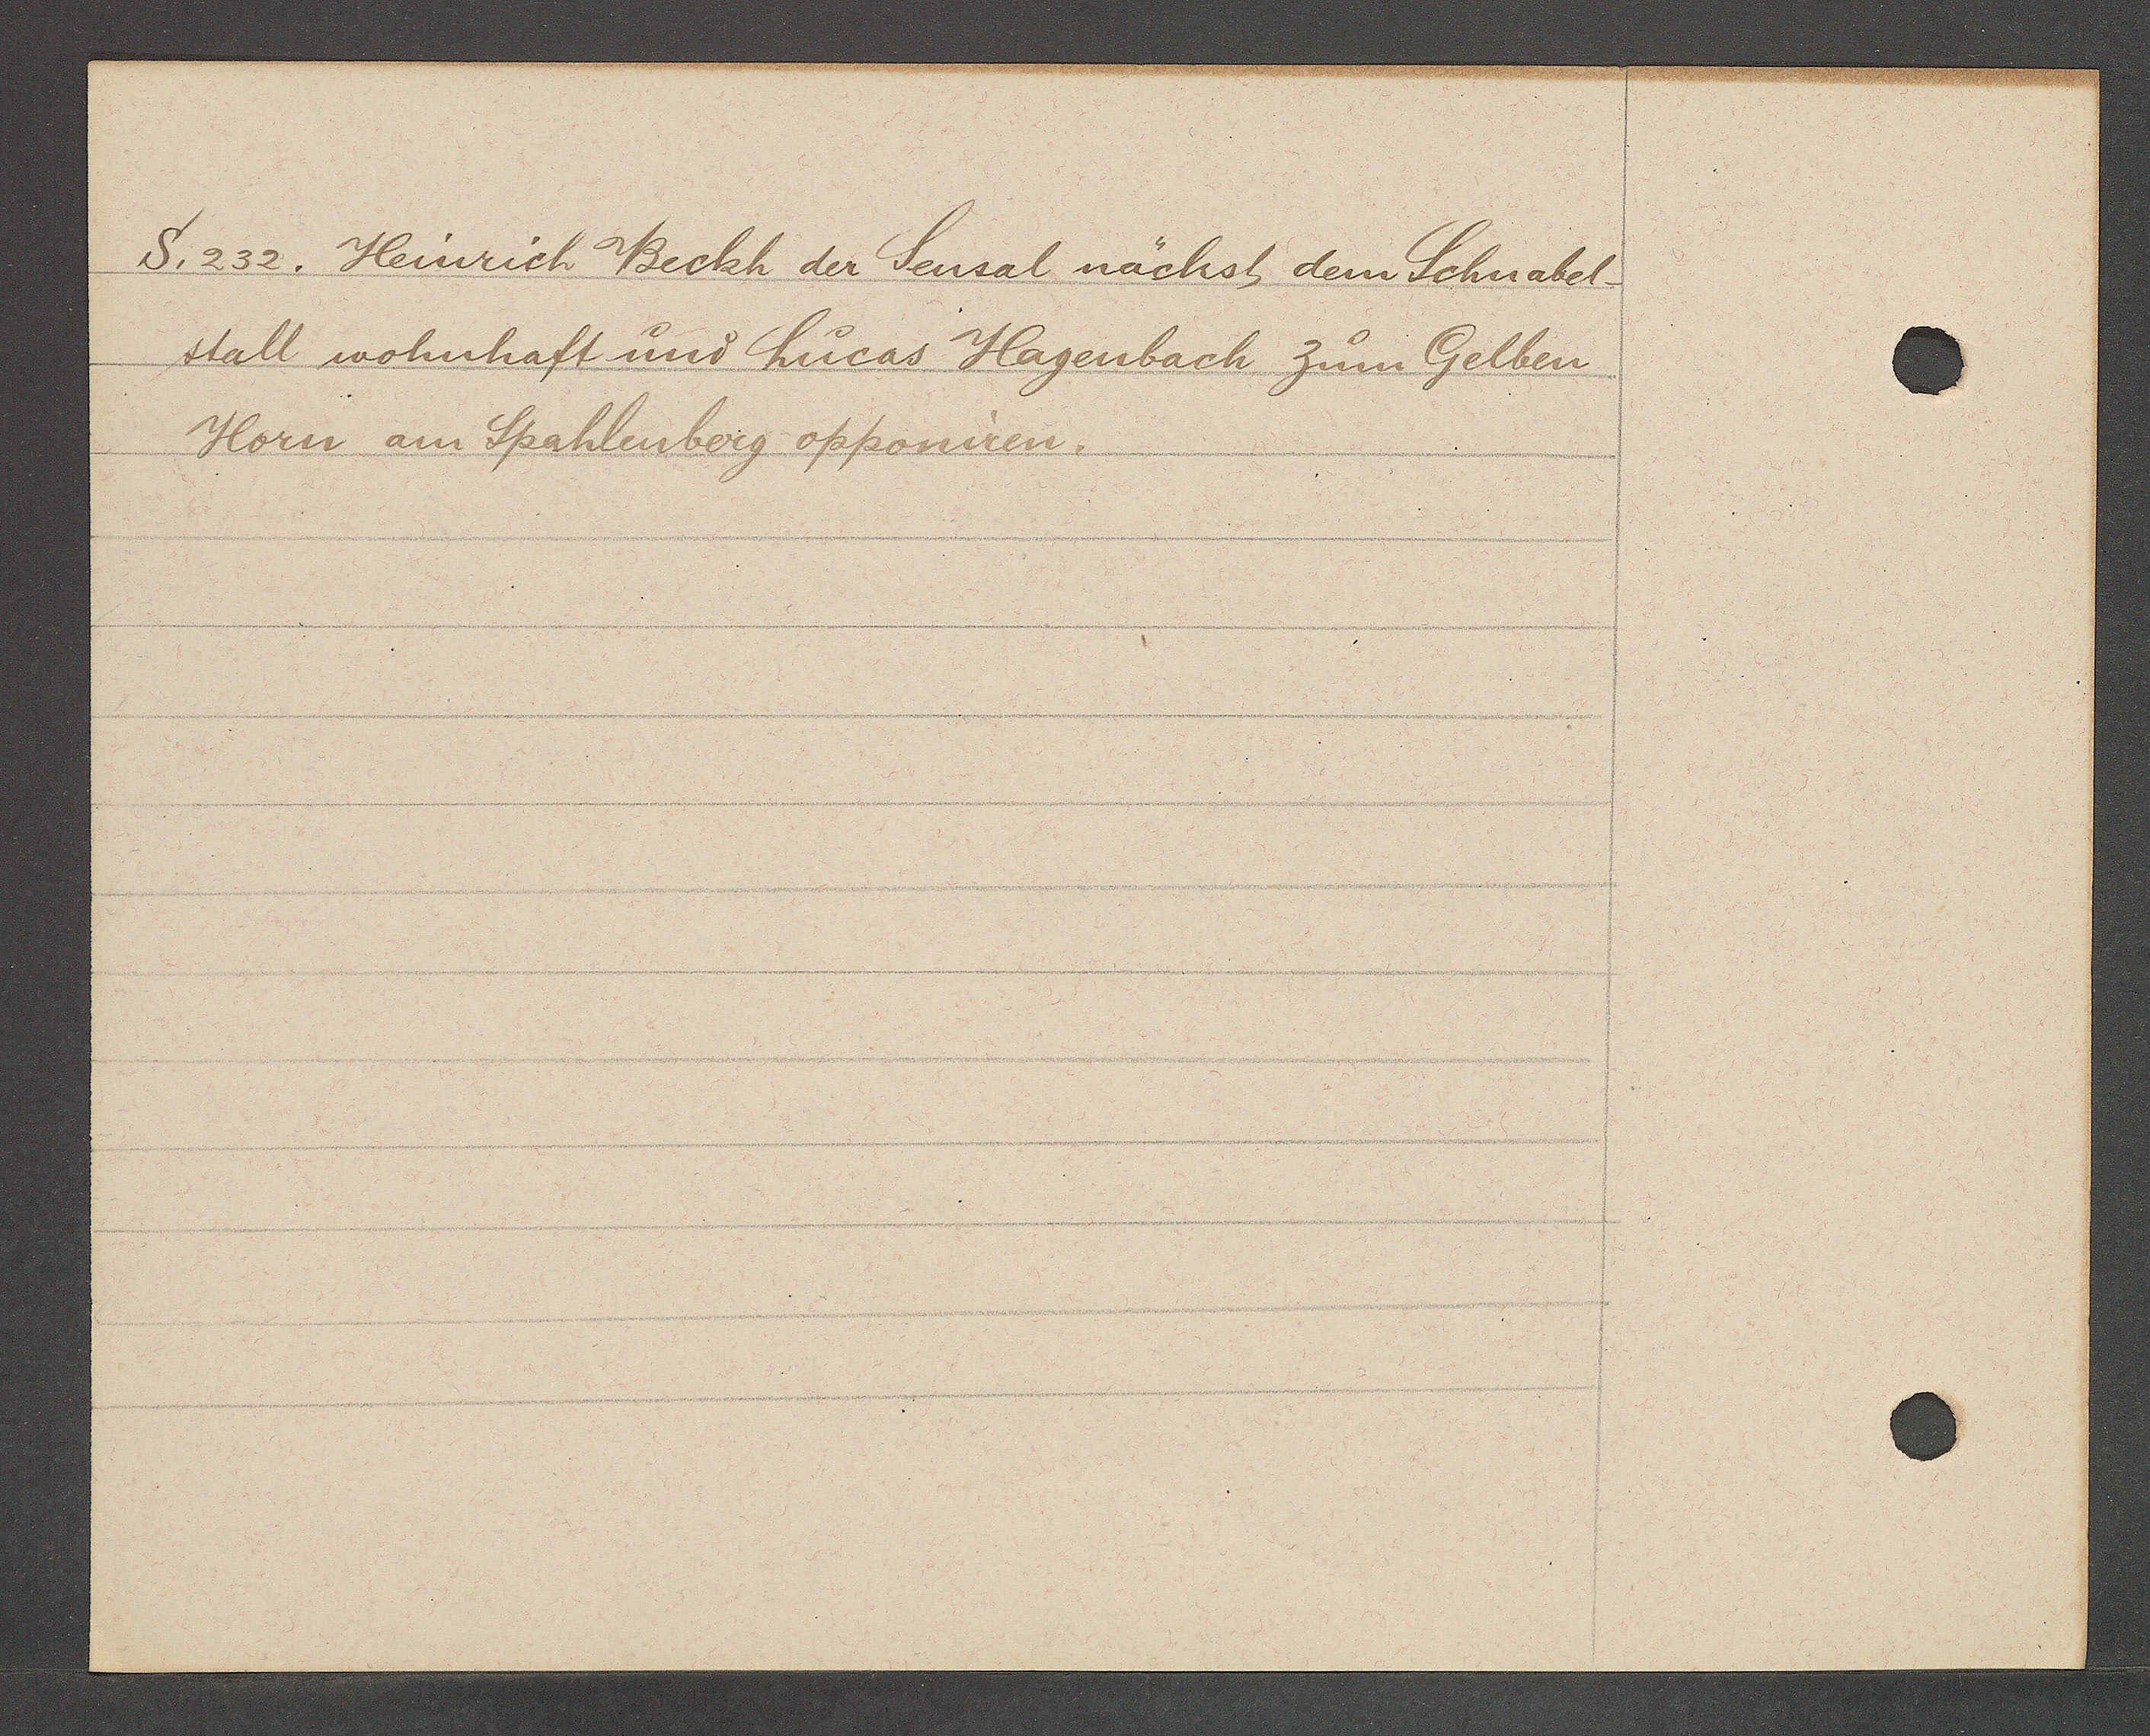
Transcript:
S. 232. Heinrich Beckh der Seusal nächst dem Schnabel¬
stall wohnhaft und Lucas Hagenbach zum Gelben
Horn am Spahlenberg opponiren.